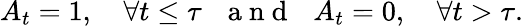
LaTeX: A_{t}=1,\quad\forall t\leq\tau\: \: \: \mathrm{~a~n~d~}\: \: \: A_{t}=0,\quad\forall t>\tau.